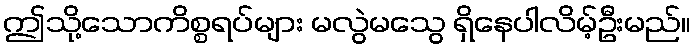
ဤသို့သောကိစ္စရပ်များ မလွဲမသွေ ရှိနေပါလိမ့်ဦးမည်။